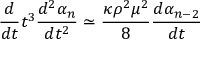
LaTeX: \frac { d } { d t } t ^ { 3 } \frac { d ^ { 2 } \alpha _ { n } } { d t ^ { 2 } } \simeq \frac { \kappa \rho ^ { 2 } \mu ^ { 2 } } { 8 } \frac { d \alpha _ { n - 2 } } { d t }